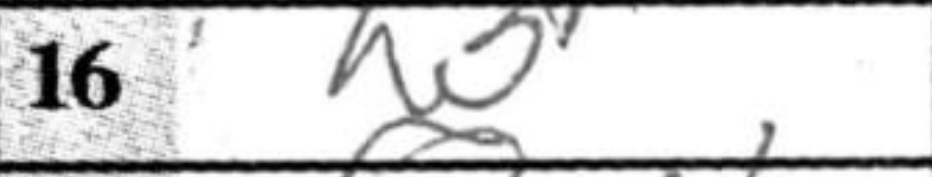
Transcription: h3